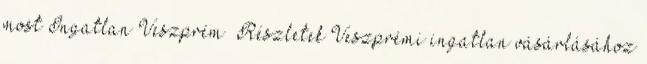
most Ingatlan Veszprém Részletek Veszprémi ingatlan vásárlásához